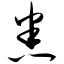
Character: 悉